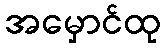
အမှောင်ထု